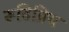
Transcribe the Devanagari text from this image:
रूढिप्रिय